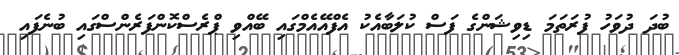
ބުދަ ދުވަހު ފުރަތަމަ ޑިވިޝަންގެ ފަސް ކުލަބާއެކު އެފްއޭއެމްގައި ބޭއްވި ޕްރެސްކޮންފަރެންސްގައި ބުނެފައި